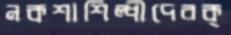
নকশাশিল্পীদেরক্